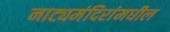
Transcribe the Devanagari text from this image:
नाट्यमंदिरांमधील